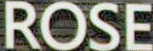
ROSE